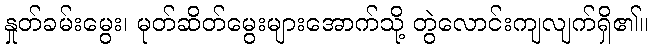
နှုတ်ခမ်းမွေး၊ မုတ်ဆိတ်မွေးများအောက်သို့ တွဲလောင်းကျလျက်ရှိ၏။